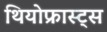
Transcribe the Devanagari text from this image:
थियोफ्रास्ट्स